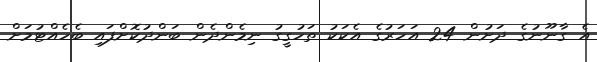
އެ ގާނޫނުގެ ދަށުން 24 އަހަރުގެ އެކަކު ތަހުގީގު ނިމެންދެން ބަންދުކޮށްފައި ބެހެއްޓުމަށް